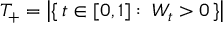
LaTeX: T _ { + } = \left| \{ \, t \in [ 0 , 1 ] \, \colon \, W _ { t } > 0 \, \} \right|